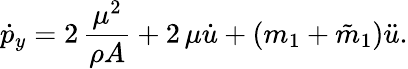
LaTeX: \dot{p}_{y}=2\, \frac{\mu^{2}}{\rho A}+2\, \mu\dot{u}+(m_{1}+\tilde{m}_{1})\ddot{u}.